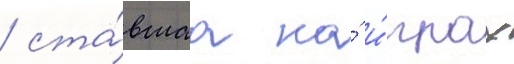
/ ста́вшаа на́ и́грах